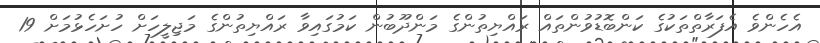
އެހެންވެ އެފަރާތްތަކުގެ ކަންބޮޑުވުންތައް ރައްޔިތުންގެ މަންދޫބުން ކަމުގައިވާ ރައްޔިތުންގެ މަޖިލީހަށް ހުށަހެޅުމަށް 19